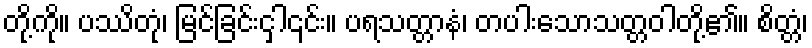
တို့ကို။ ပဿိတုံ၊ မြင်ခြင်းငှါ၎င်း။ ပရသတ္တာနံ၊ တပါးသောသတ္တဝါတို့၏။ စိတ္တံ၊